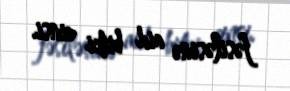
fəsiləsinə aid bitki cinsi.